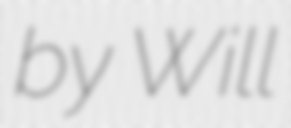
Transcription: by Will